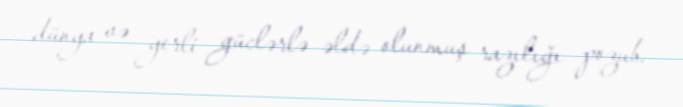
dünya və yerli güclərlə əldə olunmuş razılığı pozub.